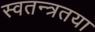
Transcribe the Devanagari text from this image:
स्वतन्त्रतया